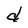
Character: d